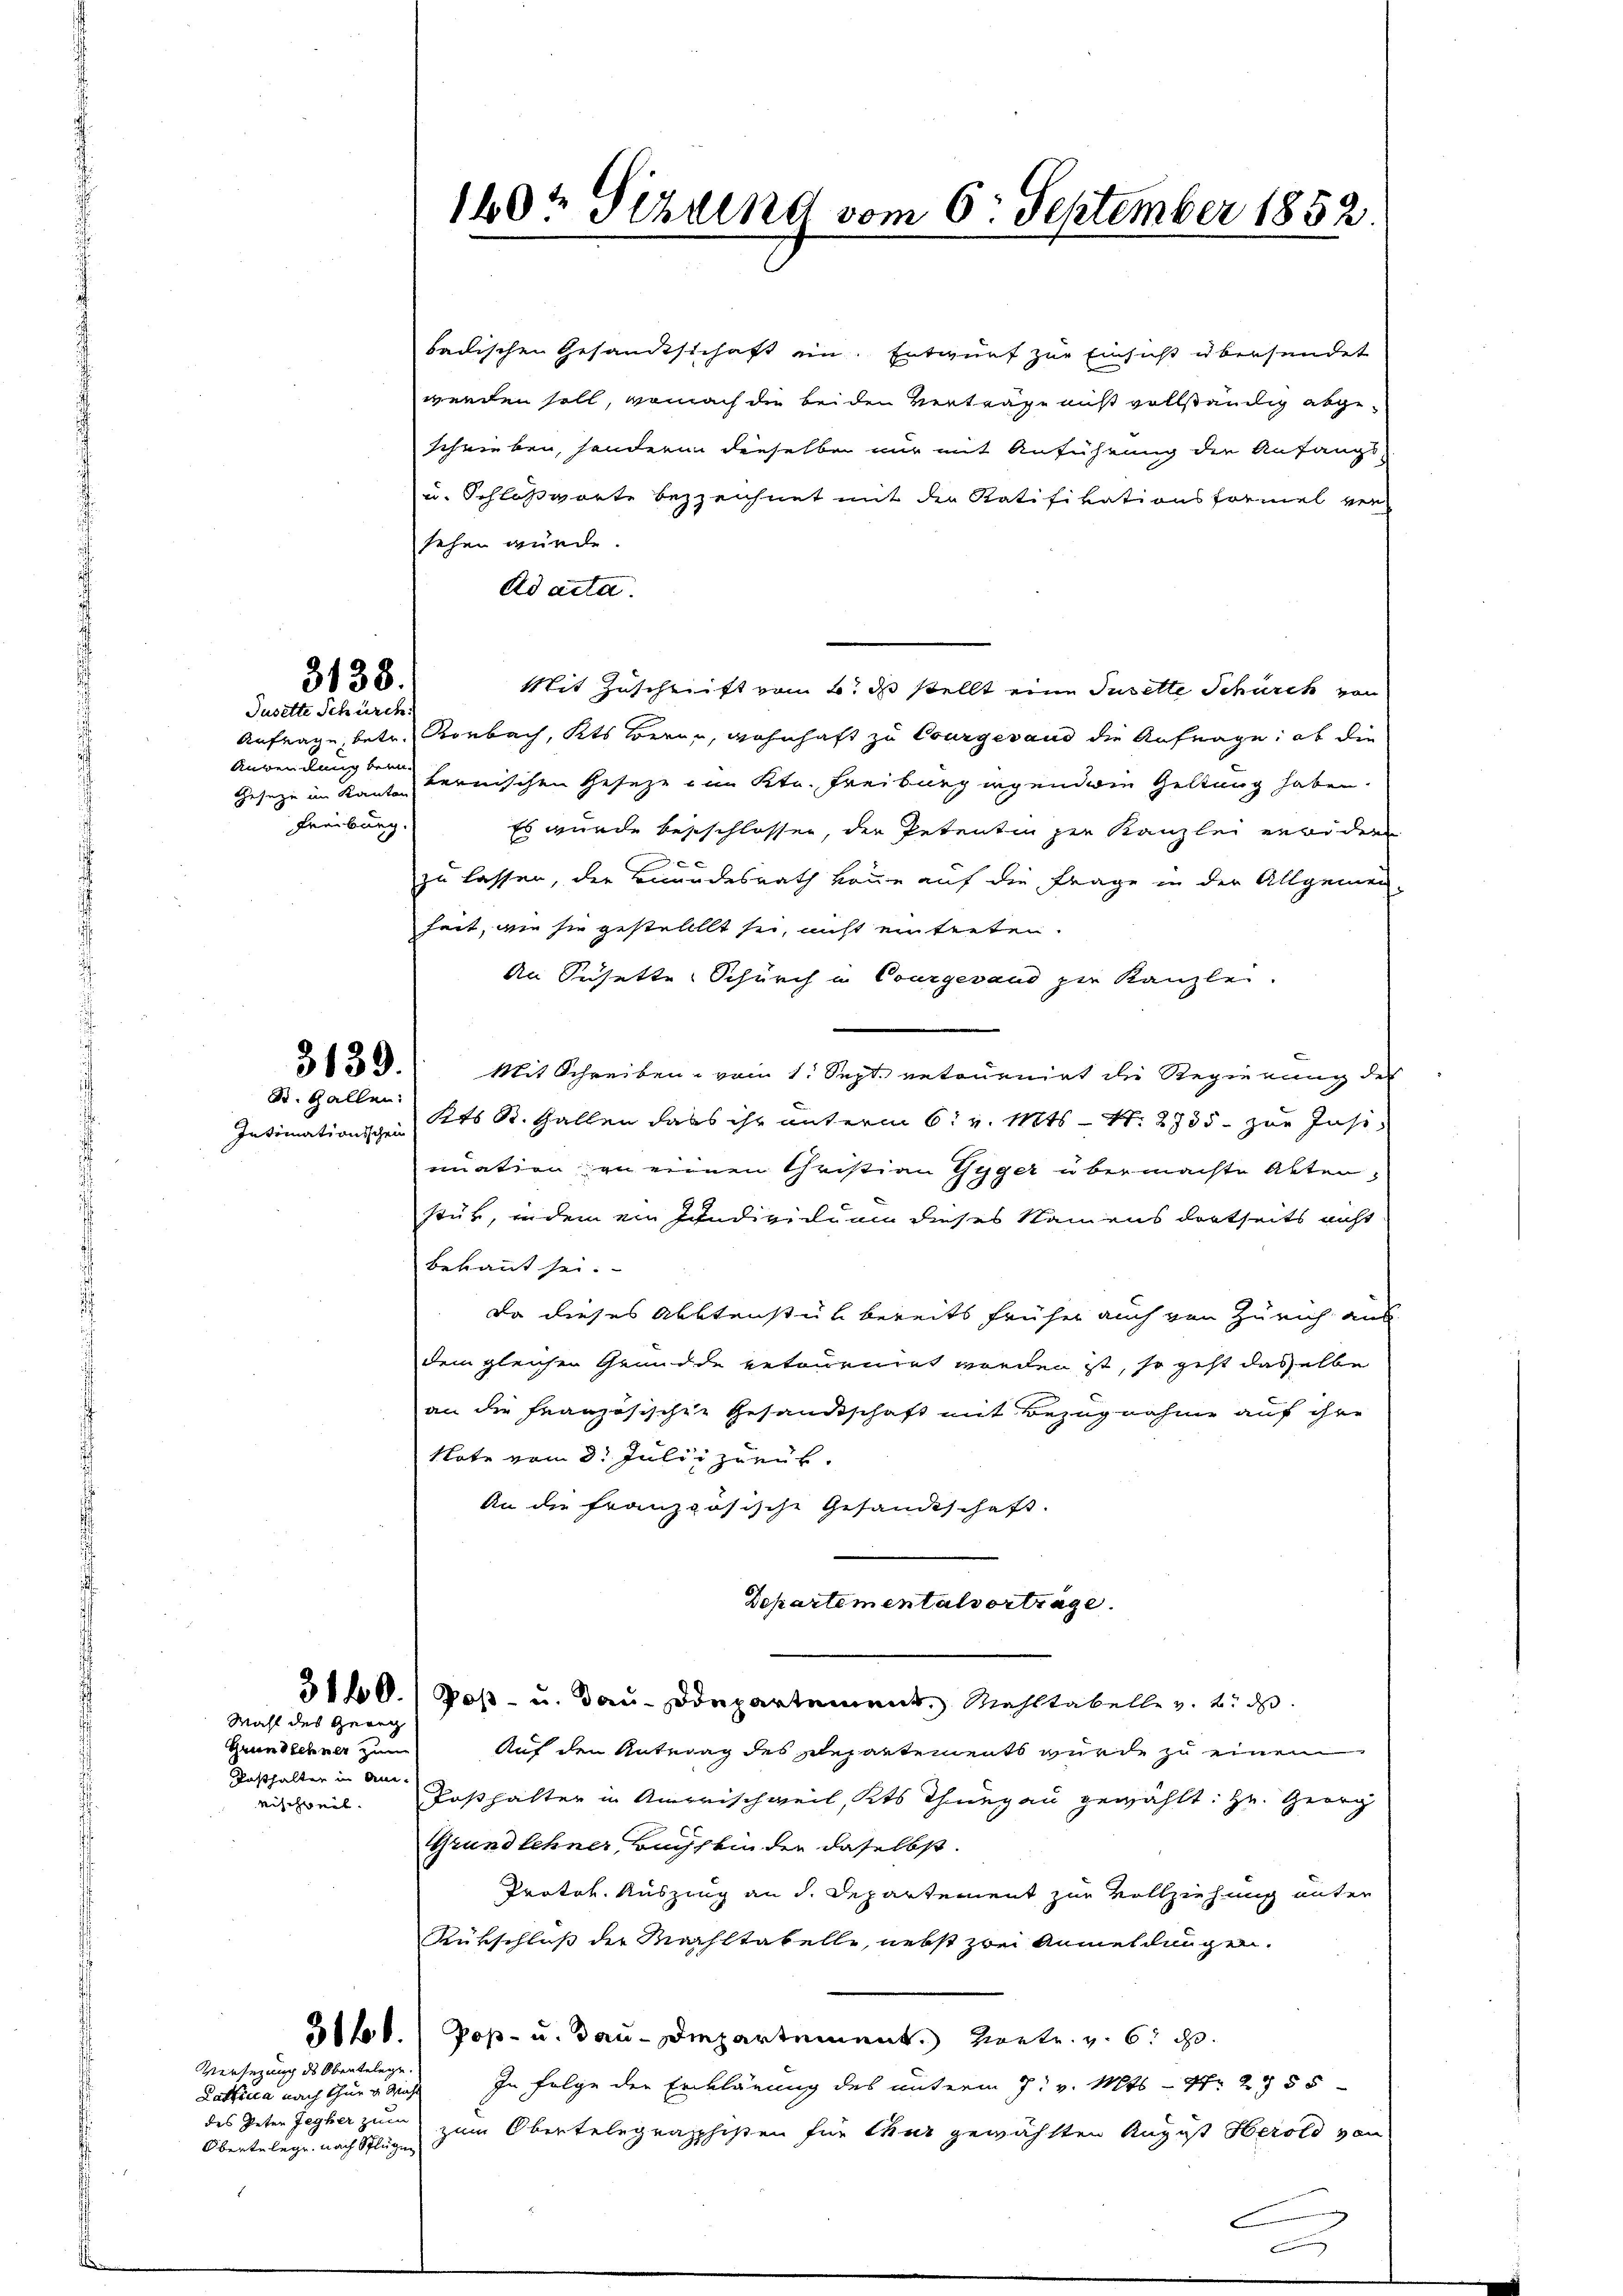
3138.
Jusette Schürch.

Anwendung beim
Freiburg.

3139.
St. Gallen:
Intimationischen

Wahl des Georg

Grenzehner zum
Kasthalten in An¬

badischen Gesandtschaft im Entwurf zur Einsicht übersendet
werden soll, wonach die beiden Verträge nicht vollständig abgeschrieben, sonderen dieselben nur mit Anführung der Anfangs-
u. Schloßworte bezzeichnet mit der Ratifikationsformel ver-
sehen würde.
Ad acta.
Mit Zuschrift vom 6. ds stellt eine Tuselte Schürck von
Anfrage, betr. Rorbach, Kts Berne, wohnhaft zu Courgesand die Anfrage, ob die
Gesetze im Kanton Bernischen Gesetze im Ktn. Freiburg irgenden Geltung haben.
Es wurde besschlossen, der Petenten per Kanzlei erwidern

zu lassen, der Bundesrath könne auf die Frage in der Allgemei-
heit, wie sie gestellllt sei, nicht eintreten.
An Suchette Schurch in Courgesand zur Kanzlei.
Mit Schreiben vom 1. Sept. retournirt die Regierung des
Kts St. Gallen dass ihr unterm 6. v. Mts. S. 2735. zur Insi
nuation zu einen Christian Gyger übermachte Aktenstük, in dem ein Jndividuum dieses Namens dortseits nicht
bekannt sei.
Da dieses Abbtenstük bereits früher auch von Zürich aus
dem gleichen Grundde retournirt werden ist, so geht daselbe
an die Französischer Gesandtschaft mit Bezugnahme auf ihre
Note vom 8. Julii zurück.
An die französische Gesandtschaft.
Departementalverträge.
5160. / Post- u. Bau-Departement, Mahltabelle v. u. d
Auf den Antrag des Repartements wurde zu einen
ritheil. Posthalter in Amerischweil, Kts Thurgau gewählt: Hr. Georg
Grund lehner, Buchs bin der daselbst.
Protok. Auszing an d. Departement zur Vollziehung unter
Rükschluß der Machstabelle, nebst zwei Anmeldungen.
td.) Poß- u. Bau-Departement retr. v. 6. d.
In Folge der Erklärung des unterm 7. v. Mts. — Nr. 285
des Peten Jegher zum zum Obertelegraphisten für thur gewählten August Herold von

Versezung des Obentelege
Latficia nach thur v. Wahl
Obertelege nach Splügen

160 Sizung vom 6. September 1852